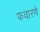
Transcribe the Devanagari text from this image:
फवारणे